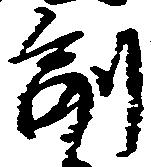
副